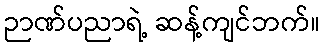
ဉာဏ်ပညာရဲ့ ဆန့်ကျင်ဘက်။